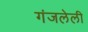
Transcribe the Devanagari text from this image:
गंजलेली